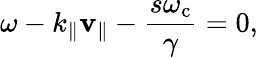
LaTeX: \omega-k_{\parallel}\mathbf{v}_{\parallel}-\frac{{s\omega_{\mathrm{{c}}}}}{{\gamma}}=0,